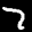
Label: 7